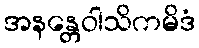
အနန္တေဝါသိကမိဒံ